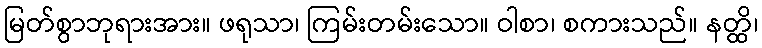
မြတ်စွာဘုရားအား။ ဖရုသာ၊ ကြမ်းတမ်းသော။ ဝါစာ၊ စကားသည်။ နတ္ထိ၊